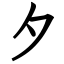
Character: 夕